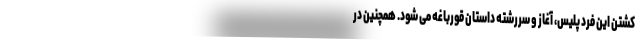
کشتن این فرد پلیس، آغاز و سررشته داستان قورباغه می شود. همچنین در